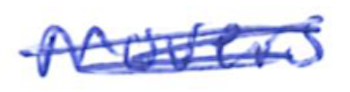
Text: Movers
Cross-out: scratch
Writing tool: ballpoint